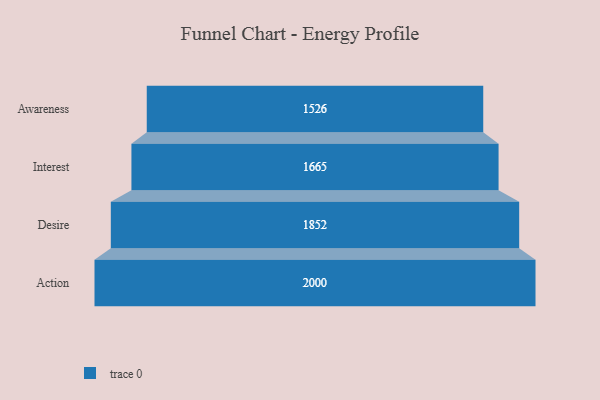
{"axis": {"x": "Stage", "y": "Value"}, "legend": [""], "data": [{"x": "Awareness", "y": 1526.0, "type": ""}, {"x": "Interest", "y": 1665.0, "type": ""}, {"x": "Desire", "y": 1852.0, "type": ""}, {"x": "Action", "y": 2000, "type": ""}]}